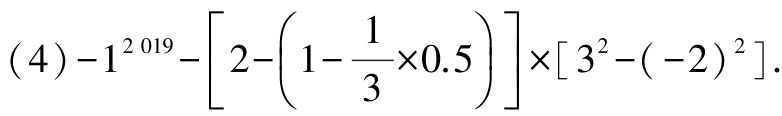
\((4)-1^{2019}-\left[2-\left(1-\dfrac{1}{3}\times0.5\right)\right]\times\left[3^{2}-(-2)^{2}\right].\)